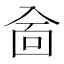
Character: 𠓮